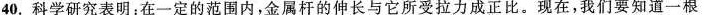
40.科学研究表明：在一定的范围内，金属杆的伸长与它所受拉力成正比。现在，我们要知道一根